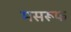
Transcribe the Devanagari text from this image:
मसरूफ